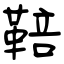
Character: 鞛